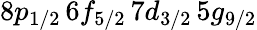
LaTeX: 8p_{1/2}\, 6f_{5/2}\, 7d_{3/2}\, 5g_{9/2}